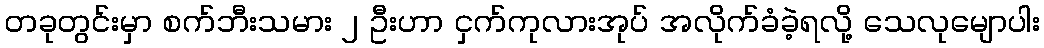
တခုတွင်းမှာ စက်ဘီးသမား ၂ ဦးဟာ ငှက်ကုလားအုပ် အလိုက်ခံခဲ့ရလို့ သေလုမျောပါး